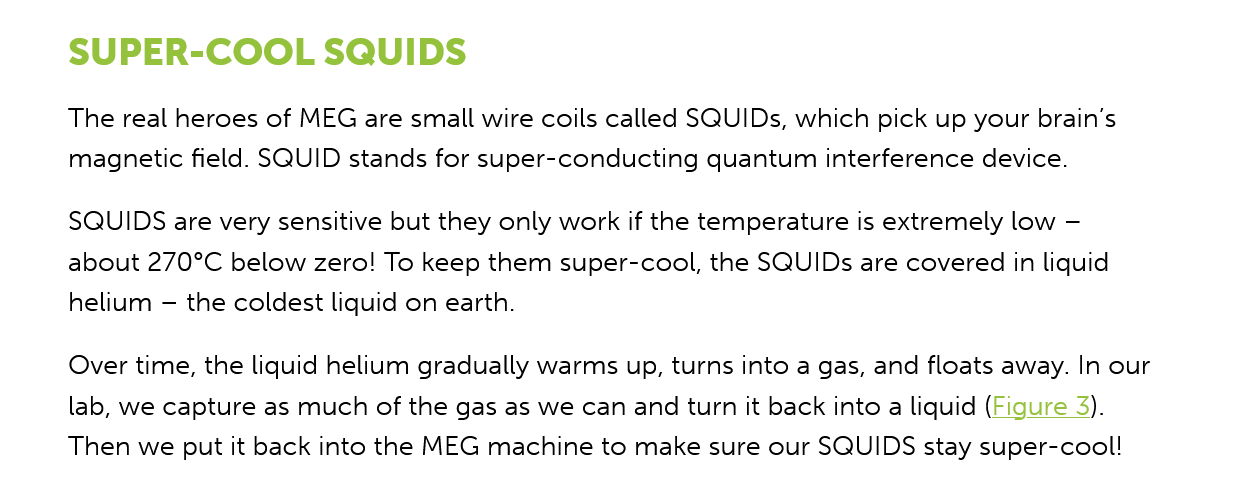
SUPER-COOL    SQUIDS
     The real heroes of MEG are small wire coils called SQUIDs, which pick up your brain's
     magnetic field. SQUID stands for super-conducting quantum interference device.
     SQUIDS are very sensitive but they only work if the temperature is extremely low
     —
     about 270°C below zero! To keep them super-cool, the SQUIDs are covered in liquid
     helium
     —
     the coldest liquid on earth.
     Over time, the liquid helium gradually warms up, turns into a gas, and floats away. In our
     lab, we capture as much of the gas as we can and turn it back into a liquid (Figure 3).
     Then we put it back into the MEG machine to make sure our SQUIDS stay super-cool!